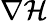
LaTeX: \nabla\mathcal{H}